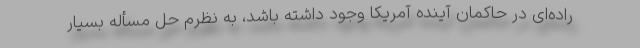
راده‌ای در حاکمان آینده آمریکا وجود داشته باشد، به نظرم حل مسأله بسیار